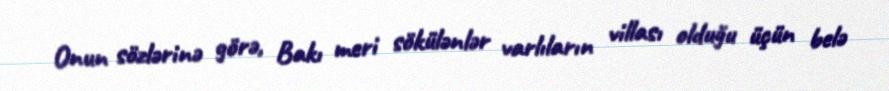
Onun sözlərinə görə, Bakı meri sökülənlər varlıların villası olduğu üçün belə